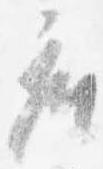
座